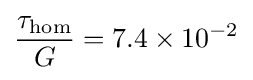
{\frac {\tau _{\text{hom}}}{G}}=7.4\times 10^{-2}